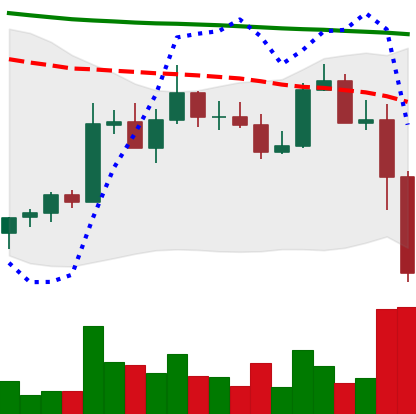
Ticker: ADA-USD
Chart end date: 2022-11-09
Forward return: 4.409%
Label: up_3_5